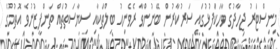
މިނިސްޓަރު ޖިހާދުގެ ވާހަކަފުޅުގައި ސަރުކާރުން ބޭނުންވާ ރެވެނިއު ބިލްތަކާއި ސިޔާސަތުތައް ތަންފީޒުނުވެ އޮތުމުގެ